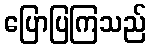
ပြောပြကြသည်